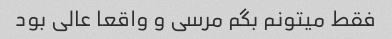
فقط میتونم بگم مرسی و واقعا عالی بود